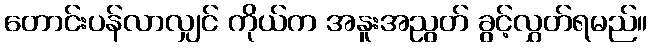
တောင်းပန်လာလျှင် ကိုယ်က အနူးအညွတ် ခွင့်လွှတ်ရမည်။